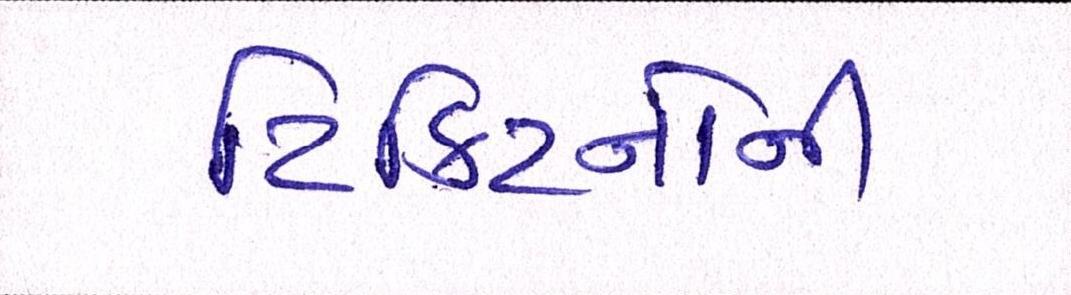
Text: ટિકિટનોની